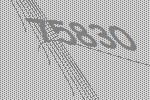
75830